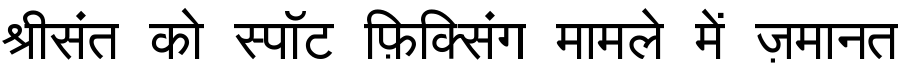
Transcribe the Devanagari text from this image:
श्रीसंत को स्पॉट फ़िक्सिंग मामले में ज़मानत